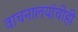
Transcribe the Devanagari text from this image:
वाचनालयांचीही